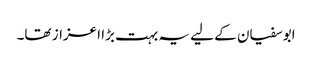
ابوسفیان کے لیے یہ بہت بڑا اعزاز تھا۔